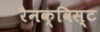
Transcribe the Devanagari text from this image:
रैनक्विस्ट